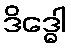
ဒိဒ္ဓေါ